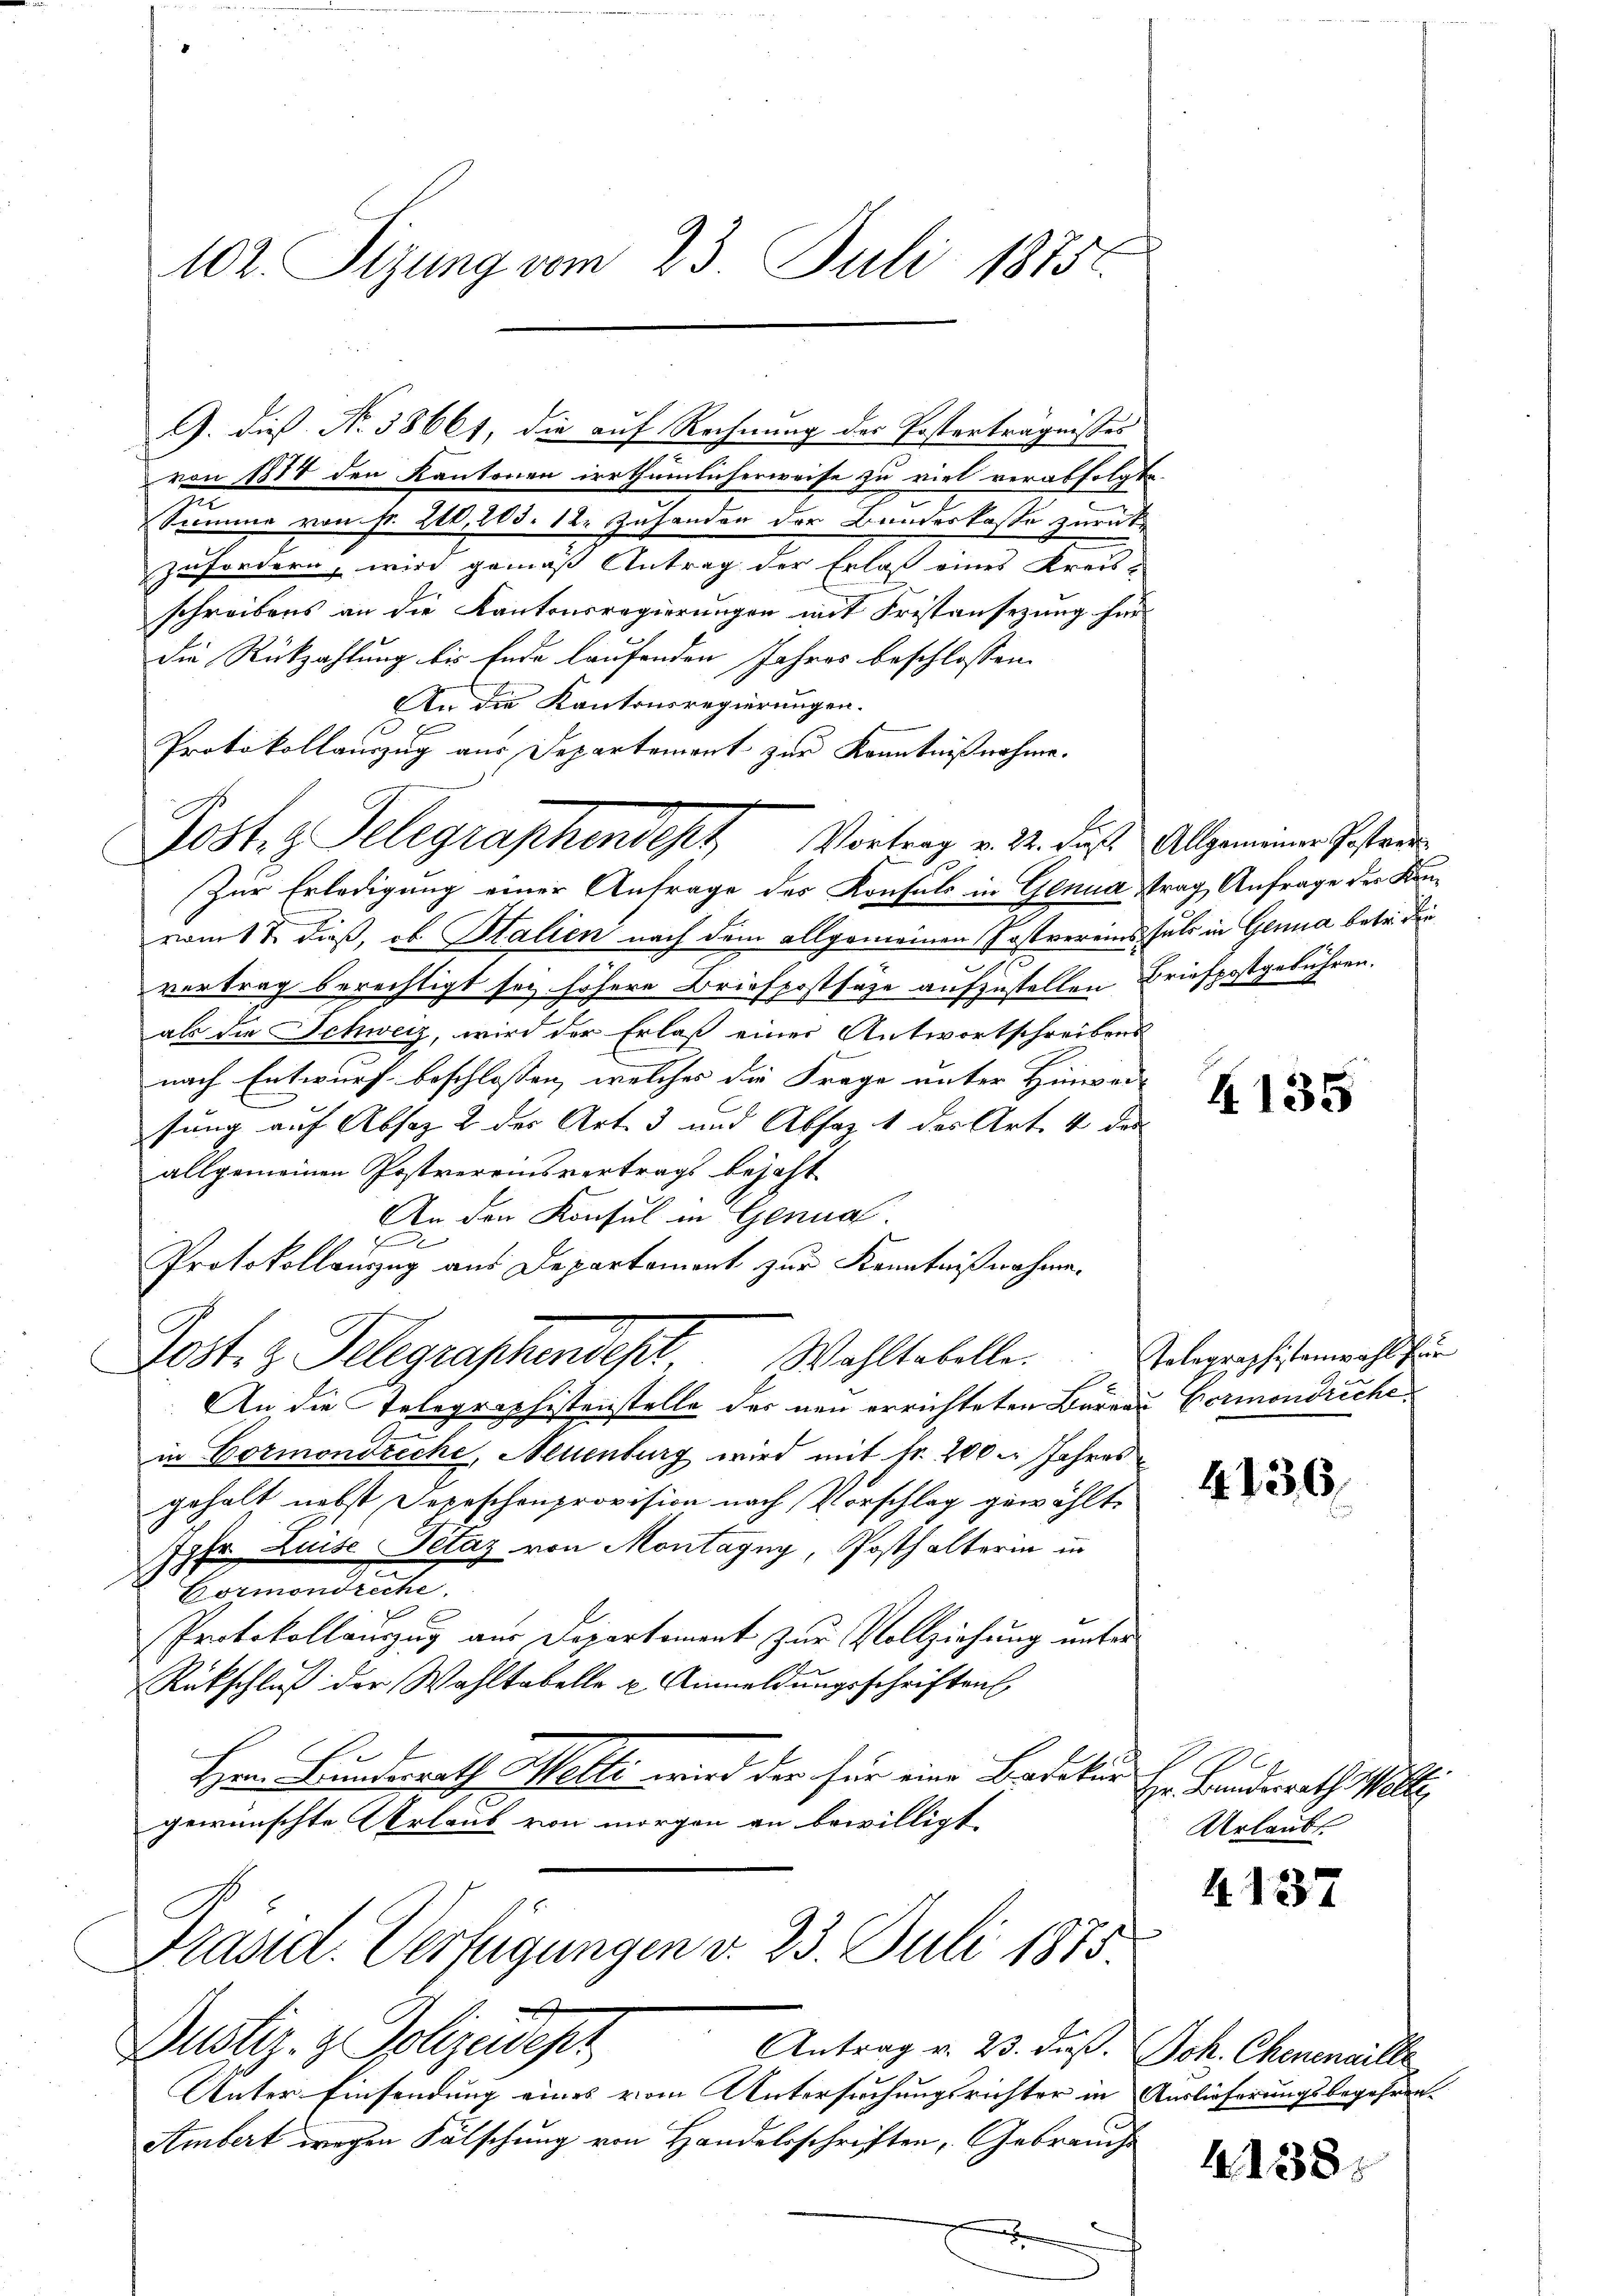
G. die No. 58661, die auf Rechnung des Posterträgnisses
von 1884 den Kantonen irrthümlicherweise zu viel verabfolgte.
Summe von Fr. 210, 203. 12. Zuhanden der Bandeskasse zurückzufordern, wird gemäß Antrag der Erlaß eines Kreis-
schreibens an die Kantonsregierungen mit Fristansezung für
Die Rückzahlung bis Ende laufenden Jahres beschlossen:
An die Kantonsregierungen.
Protokollauszug aus Departement zur Kenntnißnahme.
Zur Erledigung einer Anfrage des Konsuls in Genua trag Anfrage der Kanvom 17. dieß, ob Stalien nach dem allgemeinen Postvereins fals in Genua betr. die
vertrag berechtigt sei höhere Briefpostsäze aufzustellen Briefpostgebühren.
als die Schweiz, wird der Erlaß einer Antwortschreibens
nach Entwurf beschlossen, welches die Frage unter Hinweis
sung auf Absoz 2 der Art. 3 und Absaz, 1 des Art. 4 des
allgemeinen Postvereinsvertrags bejaht
An den Konsul in Genual
E
Protokollauszug aus Departement zur Kenntnißnahme.
Jost, z. Telegraschendest. Wahltabelle.
An die Telegraphistenstelle des neu errichteten Barrau Hormondreche
in Cormondreche, Neuenburg wird mit fr. 200 Jahres
gehalt nebst Depeschenprovision nach Vorschlag gewählte
t
Johr Luise Petaz von Montagny, Posthalterin in
d
Bormondreche
Protokollauszug aus Departement zur Vollziehung unter
Rückschluß der Wahltabelle u. Anmeldungsschriften
Hern Bundesrath Welle wird der für eine Badetur
2
gewünschte Urlaub von morgen an bewilligt
Präsid. Verfügungen d. 23. Juli 1885.

Dustiz- & Polizedept
Antrag v. 23. dieß. Joh. Chenenaille

102. Sizung vom 23. Juli 1875.

Post. g. Telegraphendept Vortrag v. 22. diese Allgemeiner Postaur

Unter Einsendung eines vom Untersuchungsrichter in Auslieferungsbegehren.
Ambert wegen Fälschung von Handelsschriften, Gebrauch
e

4.135

Telegraphistenwahl für

4136

Er Bundesrath Walli
Urlaubt

4.137

4138.